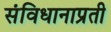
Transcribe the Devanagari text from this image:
संविधानाप्रती